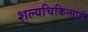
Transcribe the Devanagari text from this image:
शल्यचिकित्साही